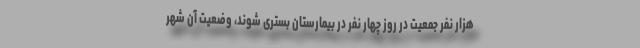
هزار نفر جمعیت در روز چهار نفر در بیمارستان بستری شوند، وضعیت آن شهر